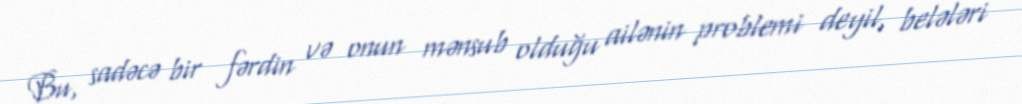
Bu, sadəcə bir fərdin və onun mənsub olduğu ailənin problemi deyil, belələri